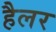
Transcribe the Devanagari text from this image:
हैलर